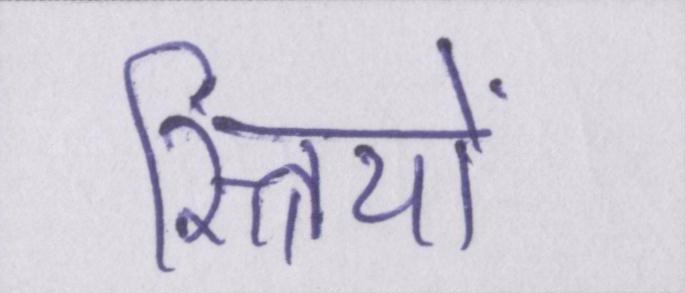
स्त्रियों